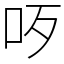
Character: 𠯪